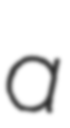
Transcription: a